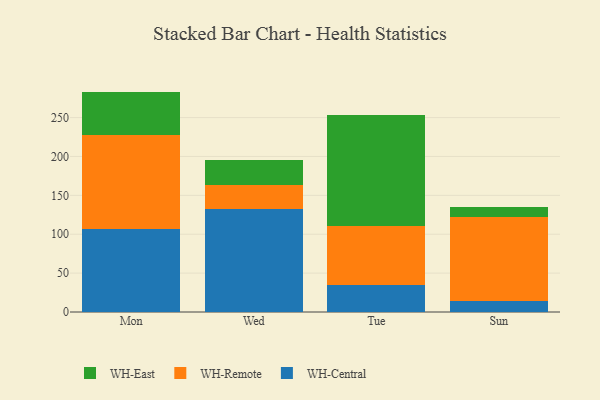
{"axis": {"x": "Day", "y": "Production Output"}, "legend": ["WH-Central", "WH-East", "WH-Remote"], "data": [{"x": "Mon", "y": 107.0, "type": "WH-Central"}, {"x": "Mon", "y": 120.0, "type": "WH-Remote"}, {"x": "Mon", "y": 56.4, "type": "WH-East"}, {"x": "Wed", "y": 132.2, "type": "WH-Central"}, {"x": "Wed", "y": 30.7, "type": "WH-Remote"}, {"x": "Wed", "y": 32.0, "type": "WH-East"}, {"x": "Tue", "y": 34.5, "type": "WH-Central"}, {"x": "Tue", "y": 76.7, "type": "WH-Remote"}, {"x": "Tue", "y": 142.2, "type": "WH-East"}, {"x": "Sun", "y": 13.8, "type": "WH-Central"}, {"x": "Sun", "y": 108.9, "type": "WH-Remote"}, {"x": "Sun", "y": 12.4, "type": "WH-East"}]}